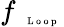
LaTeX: f_{\mathrm{~\tiny~\textnormal~{~L~o~o~p~}~}}